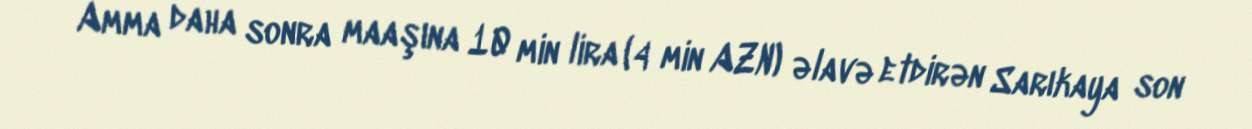
Amma daha sonra maaşına 10 min lira (4 min AZN) əlavə etdirən Sarıkaya son